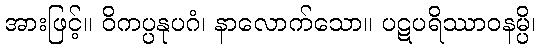
အားဖြင့်။ ဝိကပ္ပနုပဂံ၊ နာလောက်သော။ ပဋပရိဿာဝနမ္ပိ၊